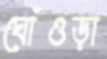
ঘোঁওড়া